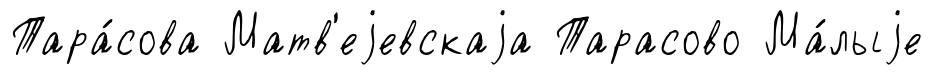
Тара́сова Матв'еjевскаjа Тарасово Ма́лыjе